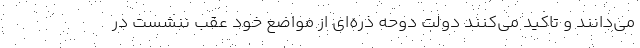
می‌دانند و تاکید می‌کنند دولت دوحه ذره‌ای از مواضع خود عقب ننشست در